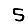
Digit: 5